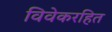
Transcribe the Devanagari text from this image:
विवेकरहित